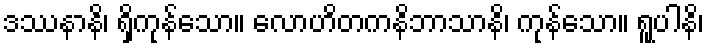
ဒဿနာနိ၊ ရှိကုန်သော။ လောဟိတကနိဘာသာနိ၊ ကုန်သော။ ရူပါနိ၊